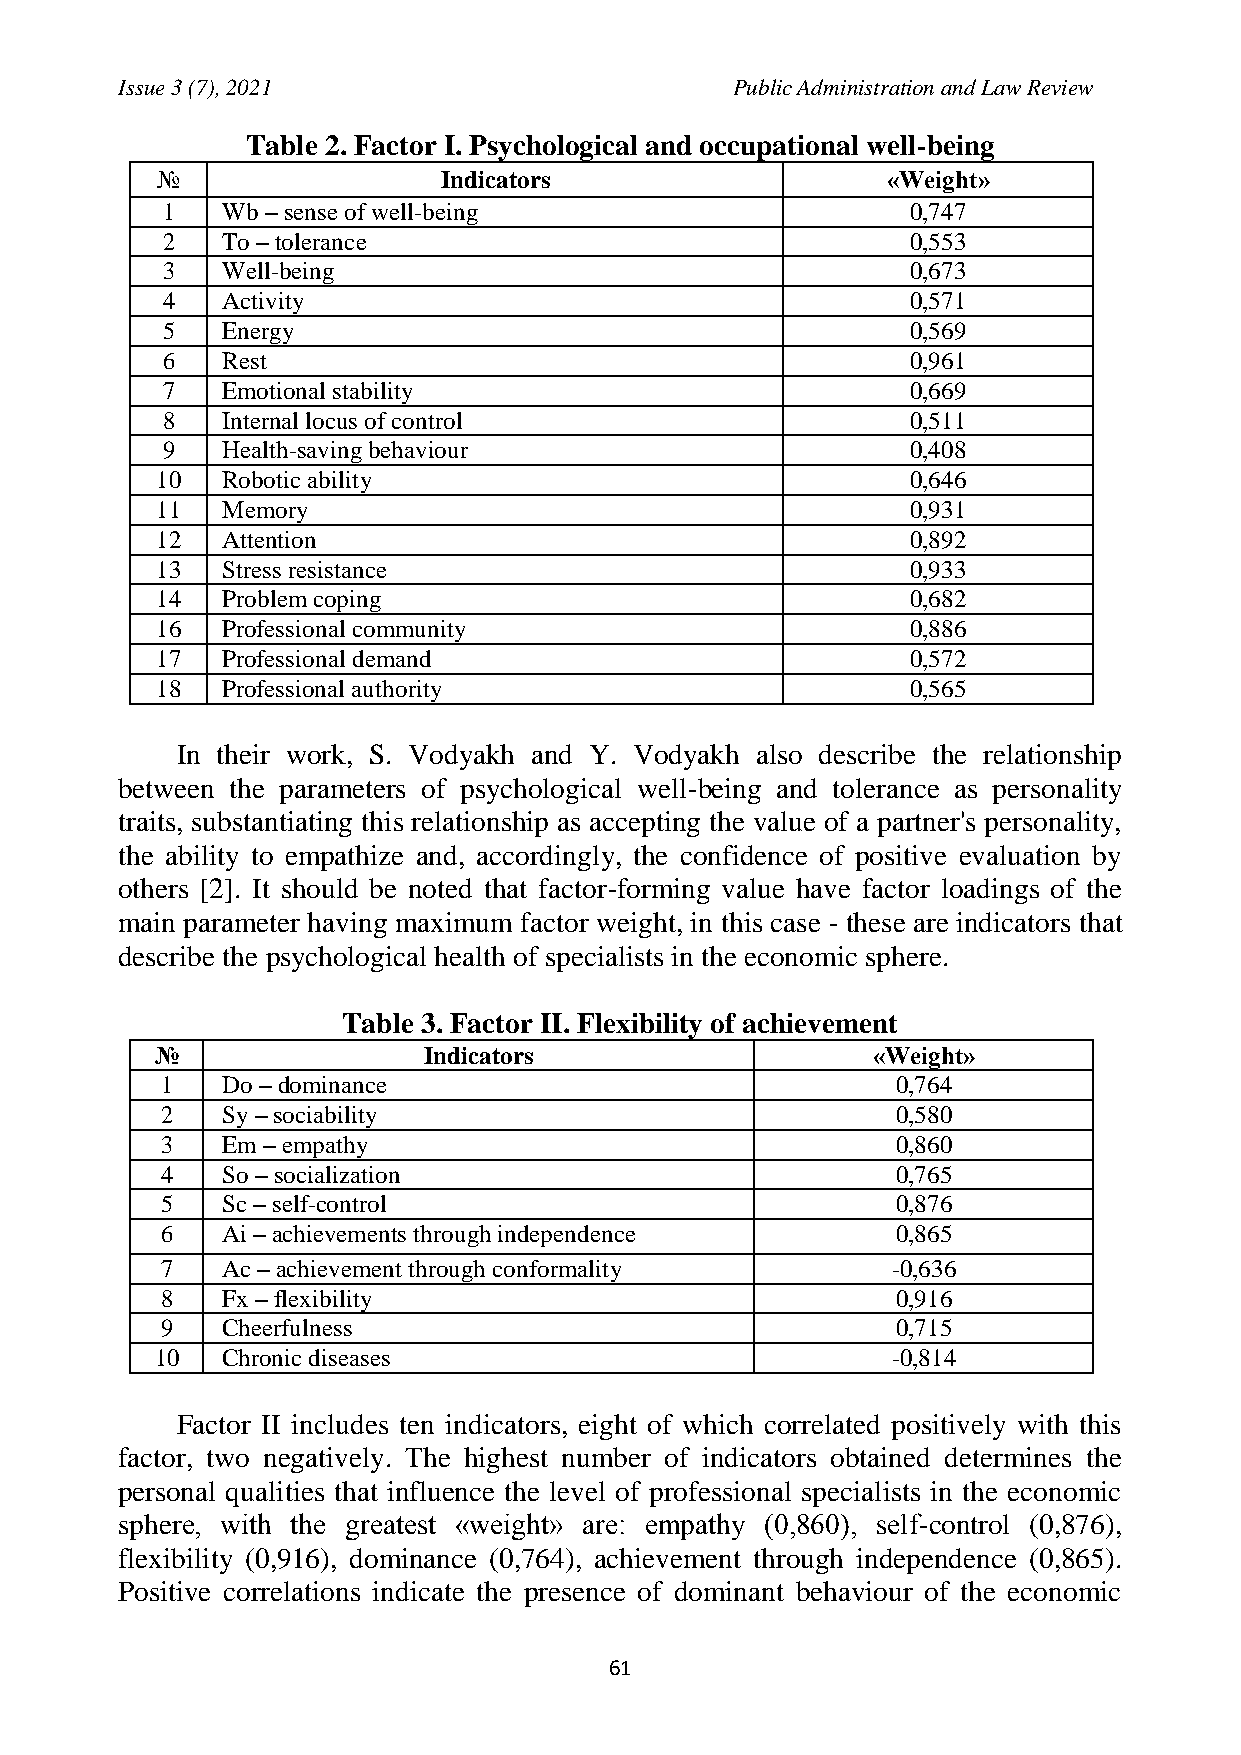
Issue 3 (7), 2021                       Public Administration and Law Review
 Table 2. Factor I. Psychological and occupational well-being
 №                  Indicators                    «Weight»
 1   Wb – sense of well-being                     0,747
 2   To – tolerance                               0,553
 3   Well-being                                   0,673
 4   Activity                                     0,571
 5   Energy                                       0,569
 6   Rest                                         0,961
 7   Emotional stability                          0,669
 8   Internal locus of control                    0,511
 9   Health-saving behaviour                      0,408
 10   Robotic ability                              0,646
 11   Memory                                       0,931
 12   Attention                                    0,892
 13   Stress resistance                            0,933
 14   Problem coping                               0,682
 16   Professional community                       0,886
 17   Professional demand                          0,572
 18   Professional authority                       0,565
 In their work, S. Vodyakh and Y. Vodyakh also describe the relationship
 between the parameters of psychological well-being and tolerance as personality
 traits, substantiating this relationship as accepting the value of a partner's personality,
 the ability to empathize and, accordingly, the confidence of positive evaluation by
 others [2]. It should be noted that factor-forming value have factor loadings of the
 main parameter having maximum factor weight, in this case - these are indicators that
 describe the psychological health of specialists in the economic sphere.
 Table 3. Factor II. Flexibility of achievement
 №                 Indicators                    «Weight»
 1   Do – dominance                              0,764
 2   Sy – sociability                            0,580
 3   Em – empathy                                0,860
 4   So – socialization                          0,765
 5   Sc – self-control                           0,876
 6   Ai – achievements through independence      0,865
 7   Ac – achievement through conformality       -0,636
 8   Fx – flexibility                            0,916
 9   Cheerfulness                                0,715
 10   Chronic diseases                            -0,814
 Factor II includes ten indicators, eight of which correlated positively with this
 factor, two negatively. The highest number of indicators obtained determines the
 personal qualities that influence the level of professional specialists in the economic
 sphere, with the greatest «weight» are: empathy (0,860), self-control (0,876),
 flexibility (0,916), dominance (0,764), achievement through independence (0,865).
 Positive correlations indicate the presence of dominant behaviour of the economic
 61